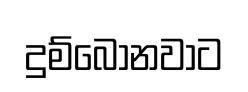
දුම්බොනවාට